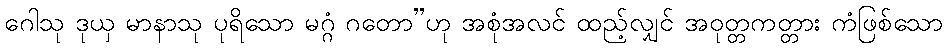
ဂေါသု ဒုယှ မာနာသု ပုရိသော မဂ္ဂံ ဂတော”ဟု အစုံအလင် ထည့်လျှင် အဝုတ္တကတ္တား ကံဖြစ်သော